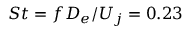
S t = f D _ { e } / U _ { j } = 0 . 2 3